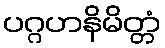
ပဂ္ဂဟနိမိတ္တံ